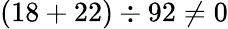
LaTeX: (18+22)\div 92\neq 0